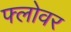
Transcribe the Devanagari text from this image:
फ्लोवर